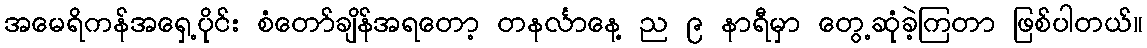
အမေရိကန်အရှေ့ပိုင်း စံတော်ချိန်အရတော့ တနင်္လာနေ့ ည ၉ နာရီမှာ တွေ့ဆုံခဲ့ကြတာ ဖြစ်ပါတယ်။